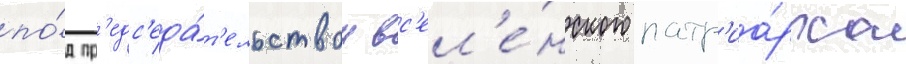
по́д пр'едс'еда́т'ельством вс'ел'е́нского патр'иа́рха